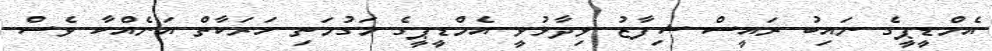
އެމްޑީޕީގެ ނައިބު ރައީސް ޝިފާޒު ވިދާޅުވީ އެމްޑީޕީގެ މަގުމަތި ހަރަކާތް އަނެއްކާ ވެސް